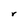
Character: r